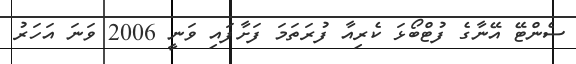
ސެންޓޭ އޭނާގެ ފުޓްބޯޅަ ކެރިއާ ފުރަތަމަ ފަށާފައި ވަނީ 2006 ވަނަ އަހަރު